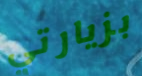
بزيارتي